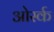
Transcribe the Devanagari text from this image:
ओर्स्क